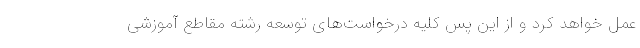
عمل خواهد کرد و از این پس کلیه درخواست‌های توسعه رشته مقاطع آموزشی